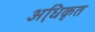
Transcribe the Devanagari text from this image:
अधि़कृत